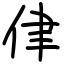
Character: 侓